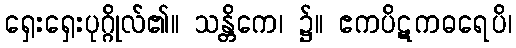
ရှေးရှေးပုဂ္ဂိုလ်၏။ သန္တိကေ၊ ၌။ ဧကပိဋကဓရေပိ၊